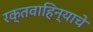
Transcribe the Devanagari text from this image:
रक्तवाहिन्याचे